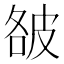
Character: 𰤥